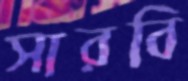
সারবি